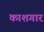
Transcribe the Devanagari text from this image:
काशगार